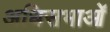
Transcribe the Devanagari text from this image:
अधिसभाओं